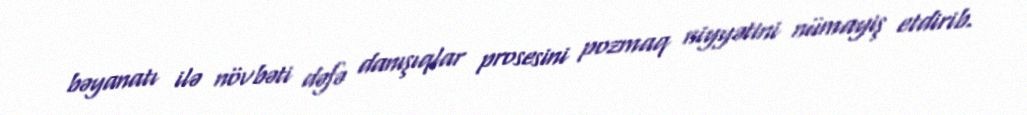
bəyanatı ilə növbəti dəfə danışıqlar prosesini pozmaq niyyətini nümayiş etdirib.